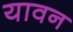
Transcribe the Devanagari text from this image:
यावन